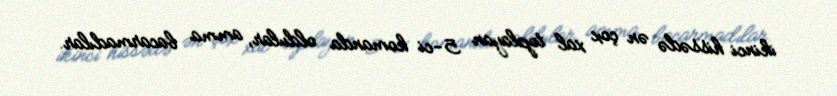
ikinci hissədə ən çox xal toplayan 5-ci komanda oldular, amma bacarmadılar.